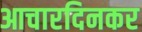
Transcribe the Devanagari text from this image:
आचारदिनकर